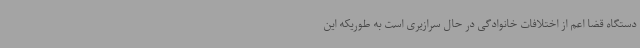
دستگاه قضا اعم از اختلافات خانوادگی در حال سرازیری است به طوریکه این